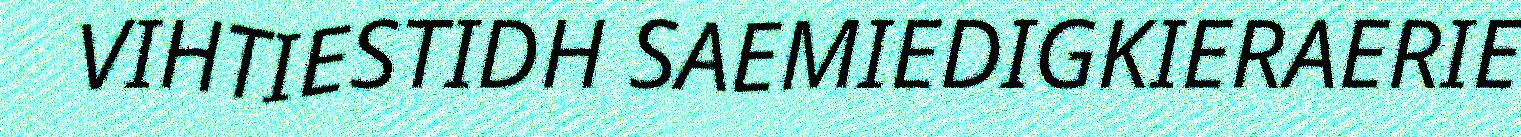
VIHTIESTIDH SAEMIEDIGKIERAERIE